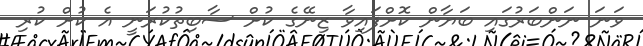
ވަނަ ނަންބަރުގައި ބަޔާން ކޮށްފައިވާ ޒިނޭގެ ކުށް ސާބިތުކުރަނީ އެ ކުށް ކުރި